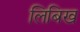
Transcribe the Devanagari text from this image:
लिबिख